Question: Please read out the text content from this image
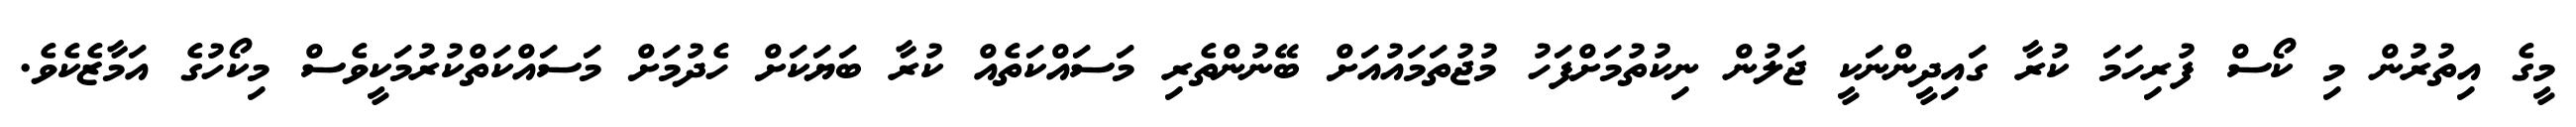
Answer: މީގެ އިތުރުން މި ކޯސް ފުރިހަމަ ކުރާ ގައިދީންނަކީ ޖަލުން ނިކުތުމަށްފަހު މުޖުތަމައުއަށް ބޭނުންތެރި މަސައްކަތެއް ކުރާ ބަޔަކަށް ހެދުމަށް މަސައްކަތްކުރުމަކީވެސް މިކޯހުގެ އަމާޒެކެވެ.